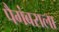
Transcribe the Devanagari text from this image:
पैगंबराला